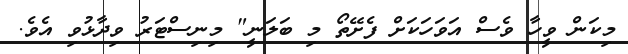
މިކަން ވީހާ ވެސް އަވަހަކަށް ފެށޭތޯ މި ބަލަނީ" މިނިސްޓަރު ވިދާޅުވި އެވެ.